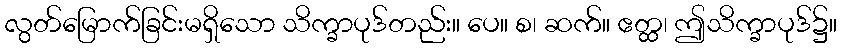
လွတ်မြောက်ခြင်းမရှိသော သိက္ခာပုဒ်တည်း။ ပေ။ စ၊ ဆက်။ ဧတ္ထ၊ ဤသိက္ခာပုဒ်၌။